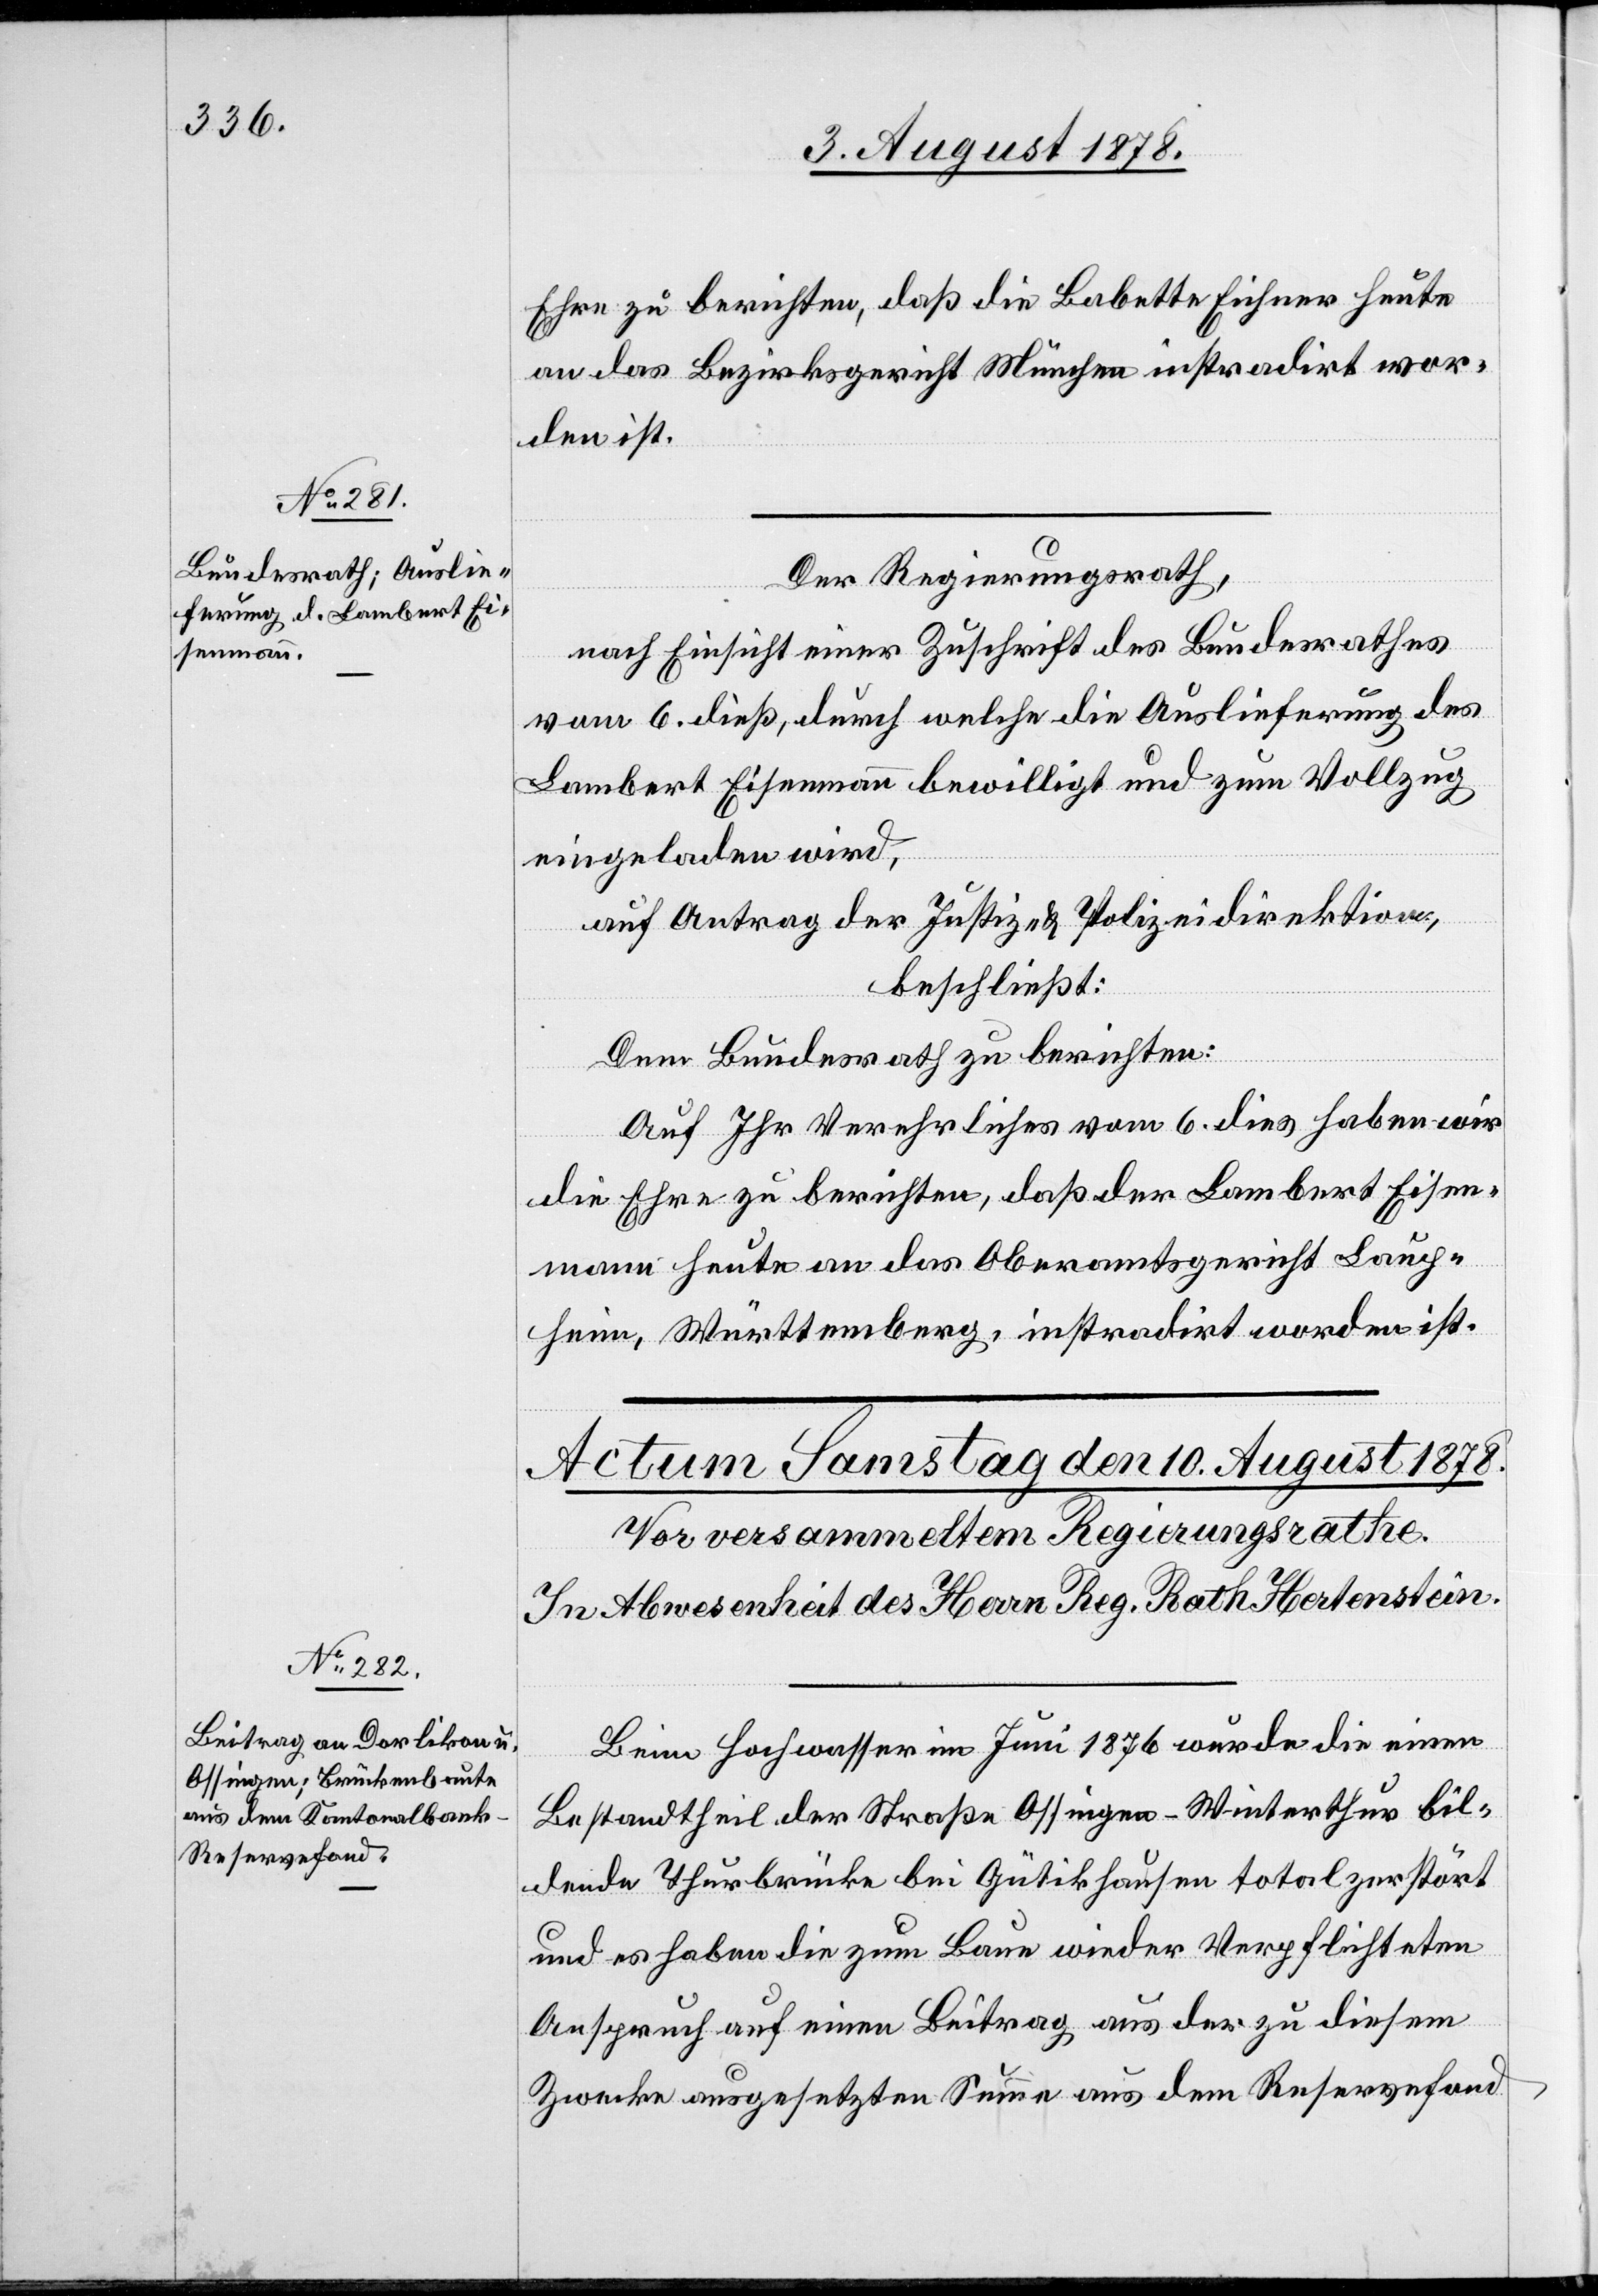
9. August 1878.]
Ehre zu berichten, daß die Babette Eichner heute
an das Bezirksgericht München instradirt wor¬
den ist.
Der Regierungsrath,
nach Einsicht einer Zuschrift des Bundesrathes
vom 6. dieß, durch welche die Auslieferung des
Lambert Eisenmann bewilligt und zum Vollzug
eingeladen wird,
auf den Antrag der Justiz- & Polizeidirektion,
beschließt:
Dem Bundesrath zu berichten:
Auf Ihr Verehrliches vom 6. dies haben wir
die Ehre zu berichten, daß der Lambert Eisen¬
mann heute an das Oberamtsgericht Lauch¬
heim, Württemberg, instradirt worden ist.
Beim Hochwasser im Juni 1876 wurde die einen
Bestandtheil der Straße Ossingen–Winterthur bil¬
dende Thurbrücke bei Gütikhausen total zerstört
und es haben die zum Baue wieder Verpflichteten
Anspruch auf einen Beitrag aus der zu diesem
Zwecke ausgesetzten Summe aus dem Reservefond